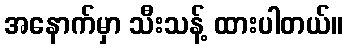
အနောက်မှာ သီးသန့် ထားပါတယ်။